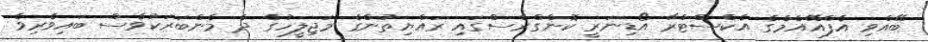
ބޭއްވި އެފްއޭއެމްގެ އެކްސްޓްރާ އޯޑިނަރީ ކޮންގްރެސްގައި ރައްޔިތުންގެ މަޖިލީހުގެ ދެ މެންބަރަކުވެސް ބައިވެރިވެ